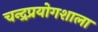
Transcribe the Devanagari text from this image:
चन्द्रप्रयोगशाला